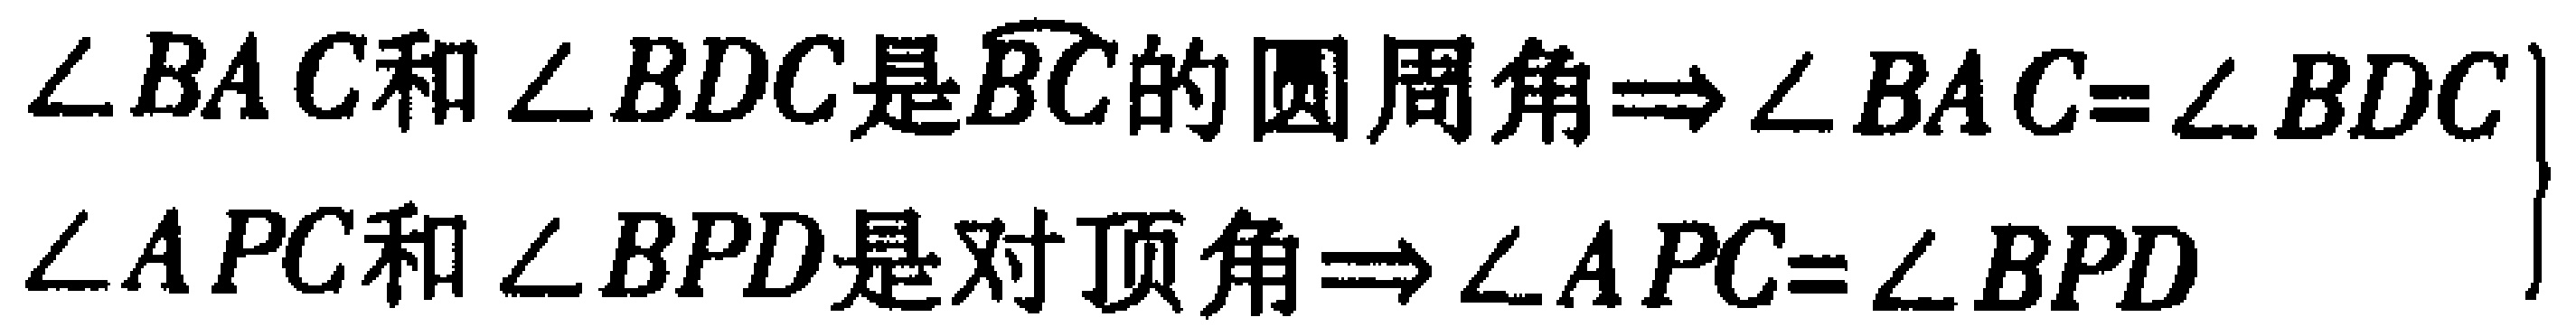
$\left.\begin{array}{l}

\angle BAC和\angle BDC是\overset{\frown}{BC}的圆周角\Rightarrow\angle BAC = \angle BDC\\

\angle APC和\angle BPD是对顶角\Rightarrow\angle APC=\angle BPD

\end{array}\right\}$